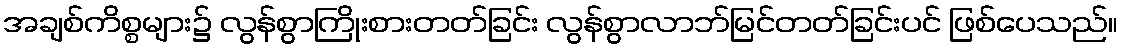
အချစ်ကိစ္စများ၌ လွန်စွာကြိုးစားတတ်ခြင်း လွန်စွာလာဘ်မြင်တတ်ခြင်းပင် ဖြစ်ပေသည်။